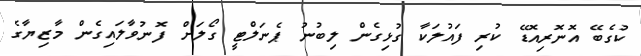
ކުގެބޭ އޮނޮރިއޮޑޭ ކުރި ފައުލަކާ ގުޅިގެން ލިބުނު ޕެނަލްޓީ ގޯލަށް ފޮނުވާލައިގެން މާޒިޔާގެ